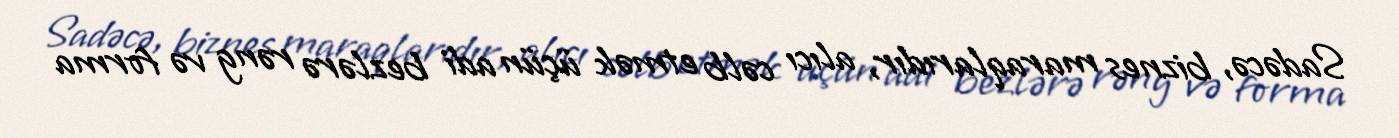
Sadəcə, biznes maraqlarıdır, alıcı cəlb etmək üçün adi bezlərə rəng və forma